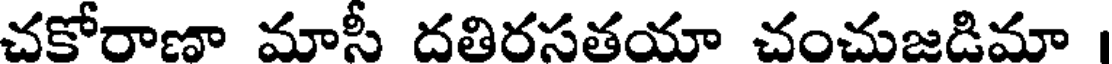
చకోరాణా మాసీ దతిరసతయా చంచుజడిమా